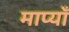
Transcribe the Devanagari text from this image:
माप्याँ